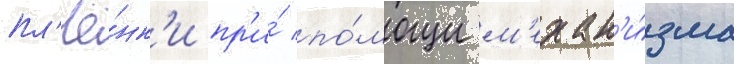
пл'ё́нк'и пр'и́ по́мощи м'ехан'и́зма